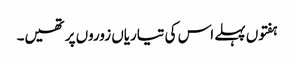
ہفتوں پہلے اس کی تیاریاں زوروں پر تھیں۔